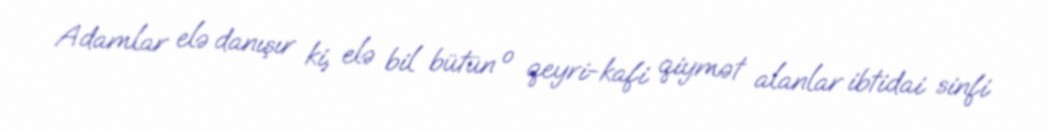
Adamlar elə danışır ki, elə bil bütün o qeyri-kafi qiymət alanlar ibtidai sinfi